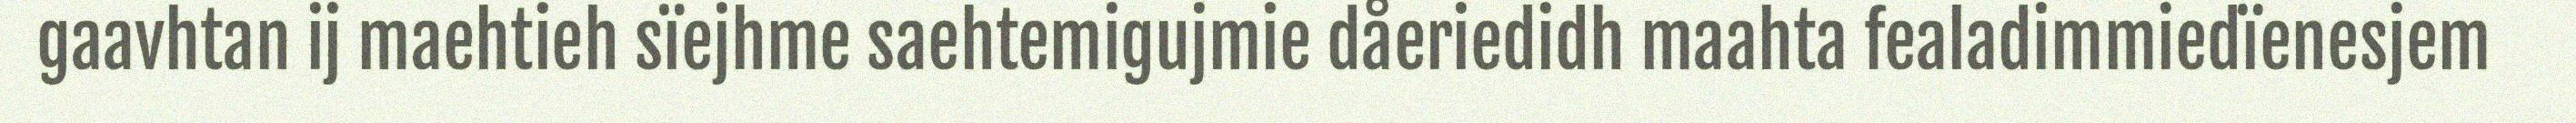
gaavhtan ij maehtieh sïejhme saehtemigujmie dåeriedidh maahta fealadimmiedïenesjem